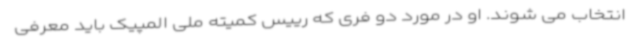
انتخاب می شوند. او در مورد دو فری که رییس کمیته ملی المپیک باید معرفی